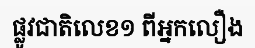
ផ្លូវជាតិលេខ១ ពីអ្នកលឿង